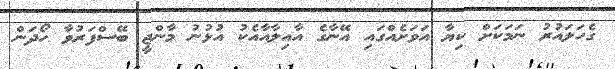
ގެހަލައުރު ނަމަކަށް ކިޔާ އަވަށެއްގައި އޭނާގެ އާއިލާއާއެކު އުޅުނު މާންޖީ ބޭސްފަރުވާ ހޯދަން